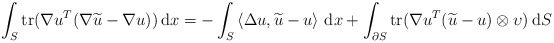
\begin{align*}\int_S \operatorname{tr}(\nabla u^T(\nabla \widetilde u -\nabla u))\,\mathrm dx = -\int_S \left\langle \Delta u,\widetilde u - u\right\rangle\,\mathrm dx +\int_{\partial S}\operatorname{tr}(\nabla u^T(\widetilde u-u)\otimes \upsilon)\,\mathrm dS\end{align*}